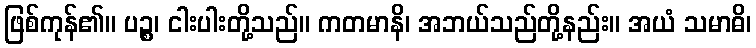
ဖြစ်ကုန်၏။ ပဉ္စ၊ ငါးပါးတို့သည်။ ကတမာနိ၊ အဘယ်သည်တို့နည်း။ အယံ သမာဓိ၊